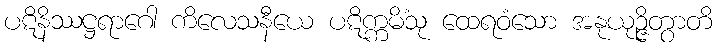
ပဋိနိဿဋ္ဌရာဂေါ ကိလေသနီယေ ပဋိက္ကမိံသု ထေရဝံသော အနုယုဉ္ဇိတွာတိ